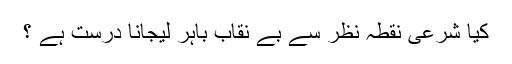
کیا شرعی نقطۂ نظر سے بے نقاب باہر لیجانا درست ہے ؟